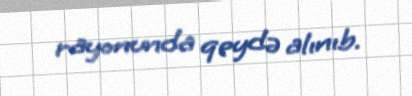
rayonunda qeydə alınıb.